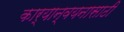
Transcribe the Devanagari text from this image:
कार्यान्वयनासाठी